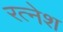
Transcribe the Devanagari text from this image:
रत्नेश